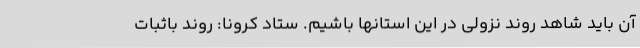
آن باید شاهد روند نزولی در این استانها باشیم. ستاد کرونا: روند باثبات